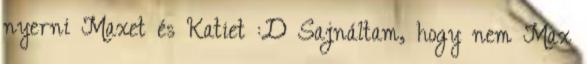
nyerni Maxet és Katiet :D Sajnáltam, hogy nem Max